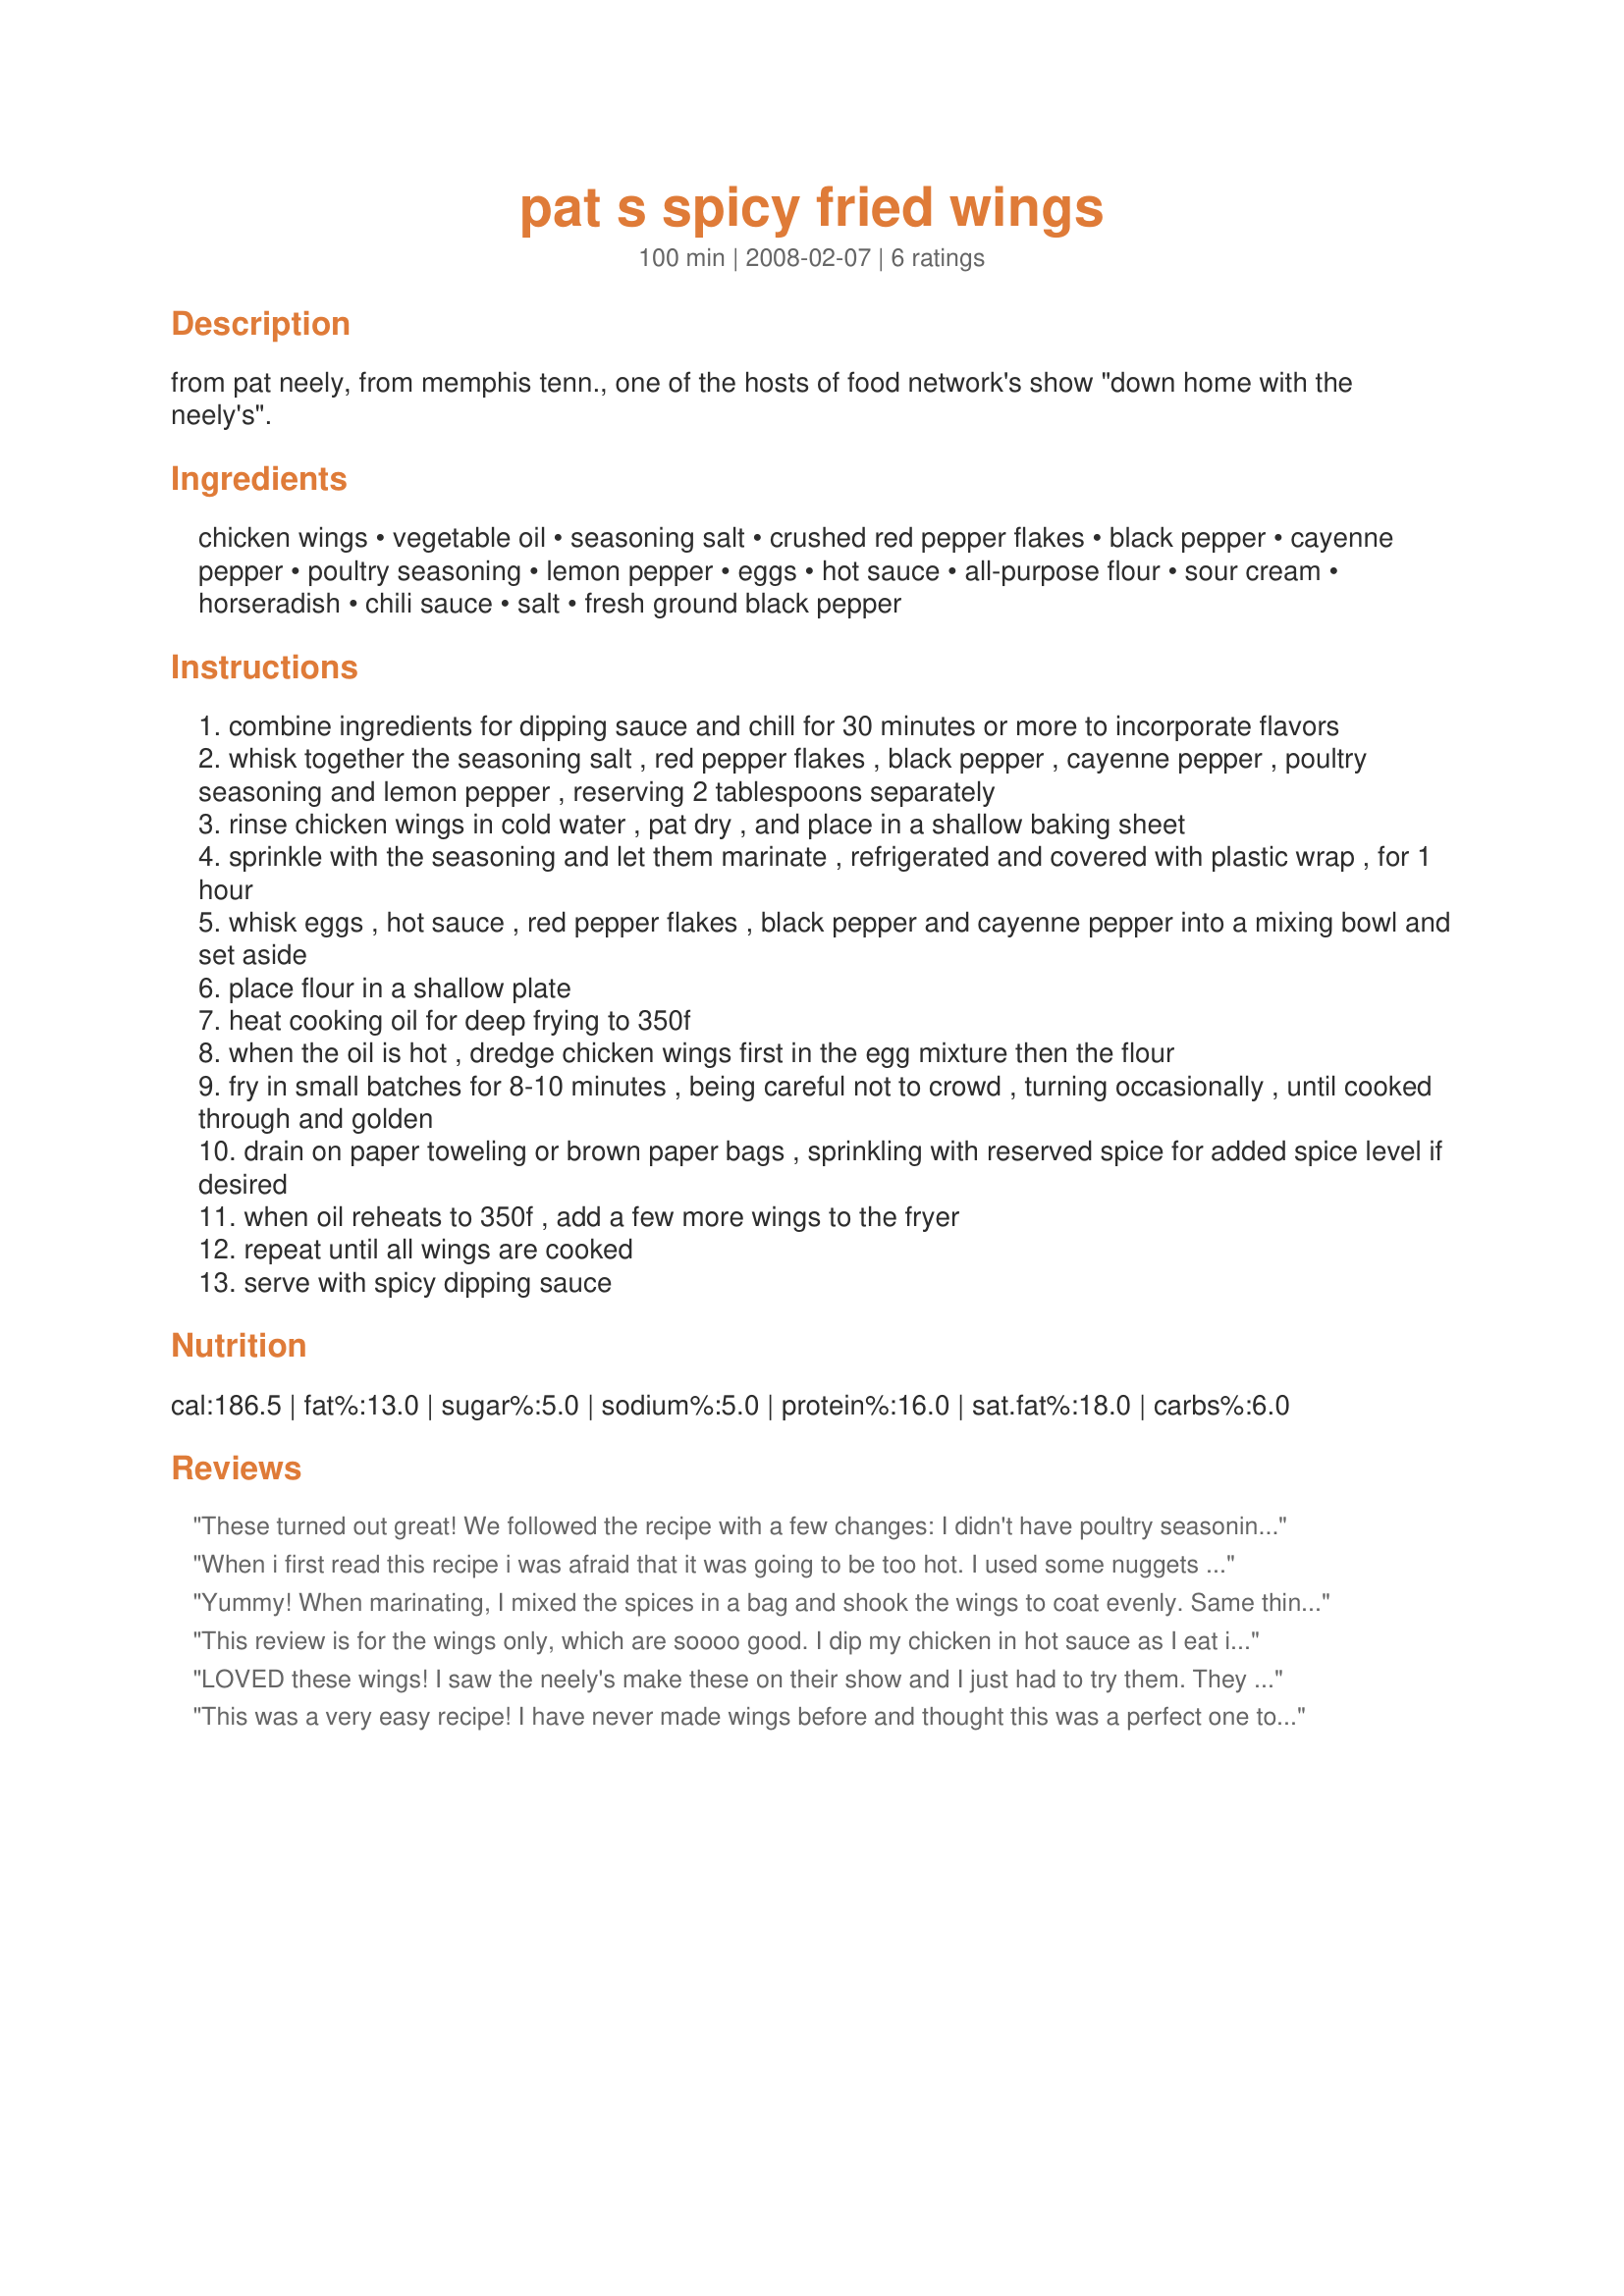
pat s spicy fried wings
Preparation time: 100 minutes

from pat neely, from memphis tenn., one of the hosts of food network's show "down home with the neely's".

Ingredients:
chicken wings, vegetable oil, seasoning salt, crushed red pepper flakes, black pepper, cayenne pepper, poultry seasoning, lemon pepper, eggs, hot sauce, all-purpose flour, sour cream, horseradish, chili sauce, salt, fresh ground black pepper

Steps:
combine ingredients for dipping sauce and chill for 30 minutes or more to incorporate flavors
whisk together the seasoning salt , red pepper flakes , black pepper , cayenne pepper , poultry seasoning and lemon pepper , reserving 2 tablespoons separately
rinse chicken wings in cold water , pat dry , and place in a shallow baking sheet
sprinkle with the seasoning and let them marinate , refrigerated and covered with plastic wrap , for 1 hour
whisk eggs , hot sauce , red pepper flakes , black pepper and cayenne pepper into a mixing bowl and set aside
place flour in a shallow plate
heat cooking oil for deep frying to 350f
when the oil is hot , dredge chicken wings first in the egg mixture then the flour
fry in small batches for 8-10 minutes , being careful not to crowd , turning occasionally , until cooked through and golden
drain on paper toweling or brown paper bags , sprinkling with reserved spice for added spice level if desired
when oil reheats to 350f , add a few more wings to the fryer
repeat until all wings are cooked
serve with spicy dipping sauce

Reviews:
These turned out great! We followed the recipe with a few changes: I didn't have poultry seasoning so I made my own. Instead of cooking the wings 3 per batch, we did 6 per batch. We cooked each batch for exactly 10 minutes each and we kept the finished wings warm in the oven (200) on a paper towel-lined baking sheet. The only changes I might try in the future would be to double the amount of hot sauce in the batter coating - I didn't really taste any heat, but my DH suggested I just add more hot sauce to the dipping sauce b/c he liked them just as they are. I look forward to making them again.
When i first read this recipe i was afraid that it was going to be too hot. I used some nuggets from a couple of breast pieces i had thawed and they turned out wonderful. Spicy but not painfully so.
Yummy! When marinating, I mixed the spices in a bag and shook the wings to coat evenly. Same thing for dredging. Saved having to wash out a baking dish and dredging dish (lazy me, I know). I also added a tablespoon of garlic powder to the spices and the batter. Very nice recipe that I will try proportioning for legs, thighs and breasts. Thanks folks!
This review is for the wings only, which are soooo good. I dip my chicken in hot sauce as I eat it so it stays crunchy. BTW, my copy of the same recipe calls for 3 lbs of wings.
LOVED these wings! I saw the neely's make these on their show and I just had to try them. They have rave reviews on food network and I see why. The only thing is the original recipe states 12 whole chicken wings instead of the 6 thats listed here. So after your wings are cut up, this full recipe will make 24 wings. It is just my bf and I, so I made half the recipe and it was just the perfect amount of spices and batter for the 12 wings. They had a nice spice to them but wasnt too spicy. I think it all depends on how fresh your pepper flakes are. The fresher quality, the spicier! I didnt make the sauce just because I prefer blue cheese to dip my wings in. I have a bigger deep fryer, it holds a gallon of oil, so I was able to throw all 12 wings in the fryer at once to cook. If you have a smaller one then you will have to do a couple batches at a time. These are so versatile that you could make a big batch of them for a party, serve some plain and serve some with different sauces on them, like maybe a sweet and spicy sauce and then just your regular hot wing sauce on the others. So then you would have 3 different flavors to choose from but still using this great recipe! I cant wait to make them again!
This was a very easy recipe! I have never made wings before and thought this was a perfect one to start out with. I did not have any poultry seasoning so left it out. I also did not make the dipping sauce (personal preference)! Next time I might not coat them as thick. Thanks for the great recipe!!
